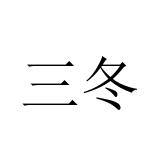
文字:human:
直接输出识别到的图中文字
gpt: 三冬